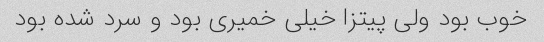
خوب بود ولی پیتزا خیلی خمیری بود و سرد شده بود